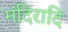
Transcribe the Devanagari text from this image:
मंदिरादि